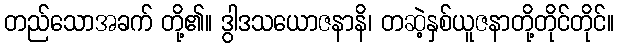
တည်သောအခက် တို့၏။ ဒွါဒသယောဇနာနိ၊ တဆဲ့နှစ်ယူဇနာတို့တိုင်တိုင်။